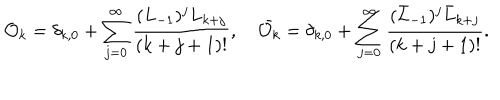
{ \cal O } _ { k } = \delta _ { k , 0 } + \sum _ { j = 0 } ^ { \infty } \frac { ( L _ { - 1 } ) ^ { j } L _ { k + j } } { ( k + j + 1 ) ! } , \hspace { 1 e m } \bar { { \cal O } _ { k } } = \delta _ { k , 0 } + \sum _ { j = 0 } ^ { \infty } \frac { ( \bar { L } _ { - 1 } ) ^ { j } \bar { L } _ { k + j } } { ( k + j + 1 ) ! } .